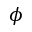
\phi